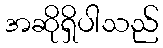
အဆိုရှိပါသည်